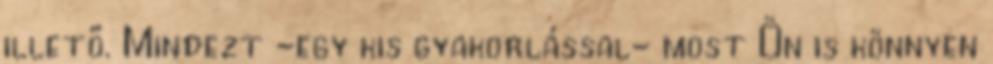
illető. Mindezt -egy kis gyakorlással- most Ön is könnyen